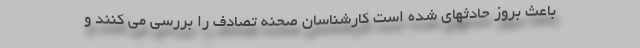
باعث بروز حادثهای شده است کارشناسان صحنه تصادف را بررسی می کنند و